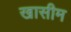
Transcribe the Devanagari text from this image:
खासीम